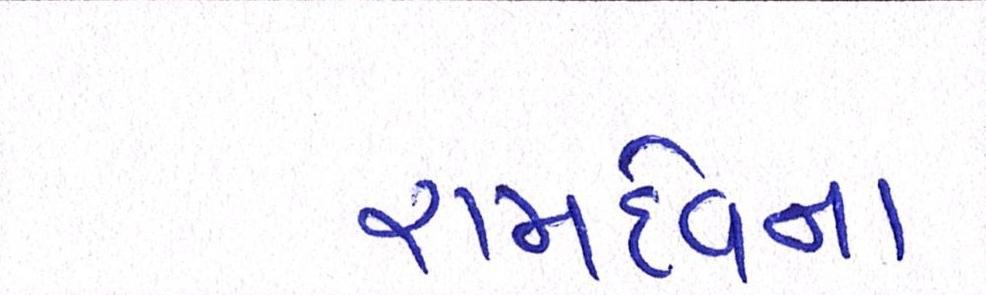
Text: રામદેવના